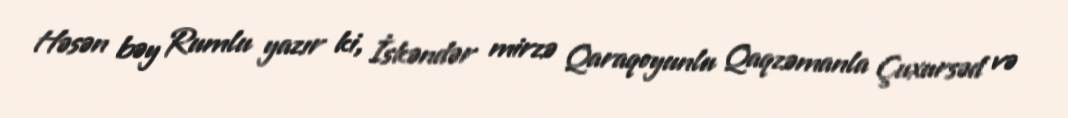
Həsən bəy Rumlu yazır ki, İskəndər mirzə Qaraqoyunlu Qaqzəmanla Çuxursəd və